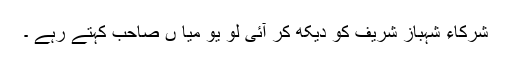
شرکاء شہباز شریف کو دیکھ کر آئی لو یو میا ں صاحب کہتے رہے ۔